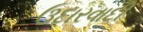
ઉદારવાદી